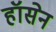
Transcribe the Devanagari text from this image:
हॉसेन